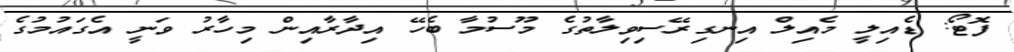
ފޮޓޯ: ޑެއިލީ މެއިލް އިނގިރޭސިވިލާތުގެ މޫސުމާ ބެހޭ އިދާރާއިން މިހާރު ވަނީ އެގައުމުގެ